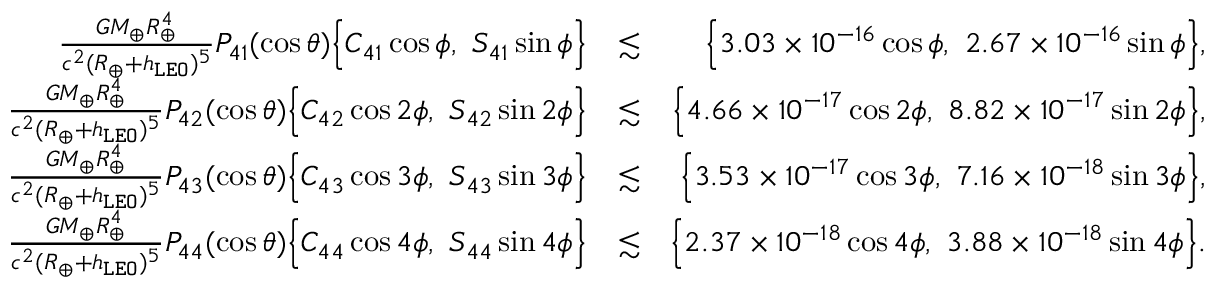
\begin{array} { r l r } { \frac { G M _ { \oplus } R _ { \oplus } ^ { 4 } } { c ^ { 2 } ( R _ { \oplus } + h _ { \tt L E O } ) ^ { 5 } } P _ { 4 1 } ( \cos \theta ) \Big \{ C _ { 4 1 } \cos \phi , ~ S _ { 4 1 } \sin \phi \Big \} } & { \lesssim } & { \Big \{ 3 . 0 3 \times 1 0 ^ { - 1 6 } \cos \phi , ~ 2 . 6 7 \times 1 0 ^ { - 1 6 } \sin \phi \Big \} , } \\ { \frac { G M _ { \oplus } R _ { \oplus } ^ { 4 } } { c ^ { 2 } ( R _ { \oplus } + h _ { \tt L E O } ) ^ { 5 } } P _ { 4 2 } ( \cos \theta ) \Big \{ C _ { 4 2 } \cos 2 \phi , ~ S _ { 4 2 } \sin 2 \phi \Big \} } & { \lesssim } & { \Big \{ 4 . 6 6 \times 1 0 ^ { - 1 7 } \cos 2 \phi , ~ 8 . 8 2 \times 1 0 ^ { - 1 7 } \sin 2 \phi \Big \} , } \\ { \frac { G M _ { \oplus } R _ { \oplus } ^ { 4 } } { c ^ { 2 } ( R _ { \oplus } + h _ { \tt L E O } ) ^ { 5 } } P _ { 4 3 } ( \cos \theta ) \Big \{ C _ { 4 3 } \cos 3 \phi , ~ S _ { 4 3 } \sin 3 \phi \Big \} } & { \lesssim } & { \Big \{ 3 . 5 3 \times 1 0 ^ { - 1 7 } \cos 3 \phi , ~ 7 . 1 6 \times 1 0 ^ { - 1 8 } \sin 3 \phi \Big \} , } \\ { \frac { G M _ { \oplus } R _ { \oplus } ^ { 4 } } { c ^ { 2 } ( R _ { \oplus } + h _ { \tt L E O } ) ^ { 5 } } P _ { 4 4 } ( \cos \theta ) \Big \{ C _ { 4 4 } \cos 4 \phi , ~ S _ { 4 4 } \sin 4 \phi \Big \} } & { \lesssim } & { \Big \{ 2 . 3 7 \times 1 0 ^ { - 1 8 } \cos 4 \phi , ~ 3 . 8 8 \times 1 0 ^ { - 1 8 } \sin 4 \phi \Big \} . } \end{array}